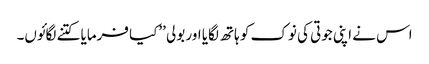
اس نے اپنی جوتی کی نوک کو ہاتھ لگایا اور بولی ’’کیا فرمایا کتنے لگائوں۔